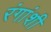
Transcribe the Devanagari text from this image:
रंगांशी